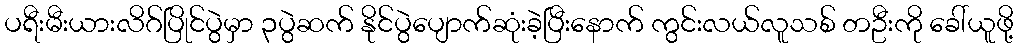
ပရီးမီးယားလိဂ်ပြိုင်ပွဲမှာ ၃ပွဲဆက် နိုင်ပွဲပျောက်ဆုံးခဲ့ပြီးနောက် ကွင်းလယ်လူသစ် တဦးကို ခေါ်ယူဖို့